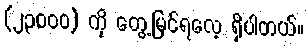
(၂၃,၀၀၀) ကို တွေ့မြင်ရလေ့ ရှိပါတယ်။